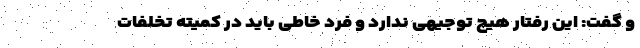
و گفت: این رفتار هیچ توجیهی ندارد و فرد خاطی باید در کمیته تخلفات